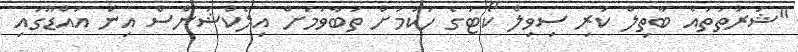
"ޝަރުތުތައް ބާތިލް ކުރި ސިވިލް ކޯޓުގެ ހުކުމަށް ތަބާވުމަށް އިލެކްޝަންސް އިން އައްޑޫގައި